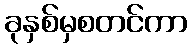
ခုနှစ်မှစတင်ကာ